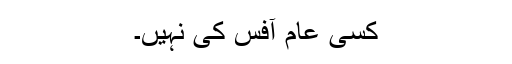
کسی عام آفس کی نہیں۔